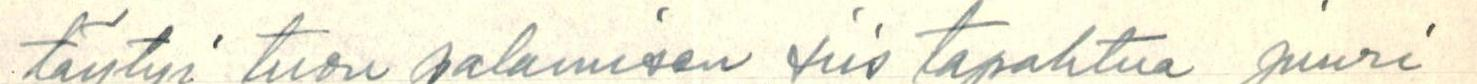
täytyi tuon palamisen siis tapahtua juuri